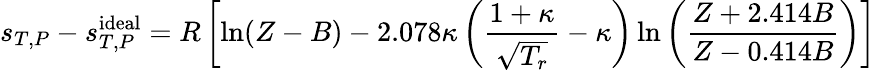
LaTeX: s_{T,P}-s_{T,P}^{\mathrm{ideal}}=R\left[\ln(Z-B)-2.078\kappa\left({\frac{1+\kappa}{\sqrt{T_{r}}}}-\kappa\right)\ln\left({\frac{Z+2.414B}{Z-0.414B}}\right)\right]